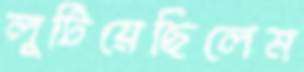
লুটিয়েছিলেম